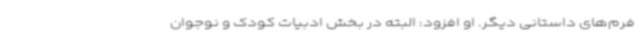
فرم‌های داستانی دیگر. او افزود: البته در بخش ادبیات کودک و نوجوان